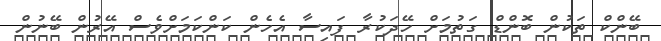
ބޭންކް ތަކުން ބޮންޑް ގަތުމަށް ހޭދަކުރާ ފައިސާ އެހެން ކަންކަމަށްވެސް އޭރުން ބޭނުން